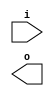
module buffer( i , o );
  input i ;
  output o ;
endmodule
module inverter( i , o );
  input i ;
  output o ;
endmodule
module top( x0 , x1 , x2 , x3 , x4 , x5 , x6 , x7 , x8 , x9 , x10 , x11 , x12 , x13 , x14 , x15 , x16 , x17 , x18 , x19 , x20 , x21 , x22 , x23 , x24 , x25 , x26 , x27 , x28 , x29 , x30 , x31 , x32 , x33 , x34 , y0 , y1 , y2 , y3 , y4 , y5 , y6 , y7 , y8 , y9 , y10 , y11 , y12 , y13 , y14 , y15 );
  input x0 , x1 , x2 , x3 , x4 , x5 , x6 , x7 , x8 , x9 , x10 , x11 , x12 , x13 , x14 , x15 , x16 , x17 , x18 , x19 , x20 , x21 , x22 , x23 , x24 , x25 , x26 , x27 , x28 , x29 , x30 , x31 , x32 , x33 , x34 ;
  output y0 , y1 , y2 , y3 , y4 , y5 , y6 , y7 , y8 , y9 , y10 , y11 , y12 , y13 , y14 , y15 ;
  wire n2 , n3 , n4 , n5 , n6 , n7 , n8 , n9 , n10 , n12 , n13 , n14 , n15 , n16 , n17 , n18 , n19 , n21 , n22 , n23 , n24 , n25 , n26 , n27 , n28 , n30 , n31 , n32 , n33 , n34 , n35 , n36 , n37 , n39 , n40 , n41 , n42 , n43 , n44 , n45 , n46 , n48 , n49 , n50 , n51 , n52 , n53 , n54 , n55 , n56 , n58 , n59 , n60 , n61 , n62 , n63 , n64 , n65 , n67 , n68 , n69 , n70 , n71 , n72 , n73 , n74 , n75 , n77 , n78 , n79 , n80 , n81 , n82 , n83 , n84 , n85 , n87 , n88 , n89 , n90 , n91 , n92 , n93 , n94 , n96 , n97 , n98 , n99 , n100 , n101 , n102 , n103 , n105 , n106 , n107 , n108 , n109 , n110 , n111 , n113 , n114 , n115 , n116 , n117 , n118 , n120 , n121 , n122 , n123 , n124 , n126 , n127 , n128 , n129 , n131 , n132 , n133 , n135 , n137 , n138 , n139 , n141 , n143 , n144 , n145 , n147 , n148 , n149 , n151 , n152 , n153 , n154 , n155 , n157 , n158 , n159 , n160 , n161 , n162 , n164 , n165 , n166 , n167 , n168 , n169 , n170 , n172 , n173 , n174 , n175 , n176 , n177 , n178 , n179 , n181 , n182 , n183 , n184 , n185 , n186 , n187 , n188 , n190 , n191 , n192 , n193 , n194 , n195 , n196 , n197 , n199 , n200 , n201 , n202 , n203 , n204 , n205 , n206 , n208 , n209 , n210 , n211 , n212 , n213 , n214 , n216 , n217 , n218 , n219 , n220 , n221 , n222 , n223 , n225 , n226 , n227 , n228 , n229 , n230 , n231 , n232 , n234 , n235 , n236 , n237 , n238 , n239 , n240 , n242 , n243 , n244 , n245 , n246 , n247 , n248 , n250 , n251 , n252 , n253 , n254 , n255 , n256 , n257 , n259 , n260 , n261 , n262 , n263 , n264 , n265 , n266 , n267 , n268 , n269 , n270 , n271 , n272 , n273 , n274 , n275 , n276 , n277 , n278 , n279 , n280 , n281 , n282 , n283 , n284 , n285 , n286 , n287 , n288 , n289 , n290 , n291 , n292 , n293 , n294 , n295 , n296 , n297 , n298 , n299 , n300 , n301 , n302 , n303 , n304 , n305 , n306 , n307 , n308 , n309 , n310 , n311 , n312 , n313 , n314 , n315 , n316 , n317 , n318 , n319 , n320 , n321 , n322 , n323 , n324 , n325 , n326 , n327 , n328 , n329 , n330 , n331 , n332 , n333 , n334 , n335 , n336 , n337 , n338 , n339 , n340 , n341 , n342 , n343 , n344 , n345 , n346 , n347 , n348 , n349 , n350 , n351 , n352 , n353 , n354 , n355 , n356 , n357 , n358 , n359 , n360 , n361 , n362 , n363 , n364 , n365 , n366 , n367 , n368 , n369 , n370 , n371 , n372 , n373 , n374 , n375 , n376 , n377 , n378 , n379 , n380 , n381 , n382 , n383 , n384 , n385 , n386 , n387 , n388 , n389 , n390 , n391 , n392 , n393 , n394 , n395 , n396 , n397 , n398 , n399 , n400 , n401 , n402 , n403 , n404 , n405 , n406 , n407 , n408 , n409 , n410 , n411 , n412 , n413 , n414 , n415 , n416 , n417 , n418 , n419 , n420 , n421 , n422 , n423 , n424 , n425 , n426 , n427 , n428 , n429 , n430 , n431 , n432 , n433 , n434 , n435 , n436 , n437 , n438 , n439 , n440 , n441 , n442 , n443 , n444 , n445 , n446 , n447 , n448 , n449 , n450 , n451 , n452 , n453 , n454 , n455 , n456 , n457 , n458 , n459 , n460 , n461 , n462 , n463 , n464 ;
  buffer buf_n131( .i (x15), .o (n131) );
  buffer buf_n132( .i (n131), .o (n132) );
  buffer buf_n133( .i (n132), .o (n133) );
  buffer buf_n135( .i (x16), .o (n135) );
  buffer buf_n141( .i (x18), .o (n141) );
  assign n268 = n135 | n141 ;
  buffer buf_n269( .i (n268), .o (n269) );
  assign n276 = n133 & ~n269 ;
  buffer buf_n137( .i (x17), .o (n137) );
  buffer buf_n138( .i (n137), .o (n138) );
  buffer buf_n139( .i (n138), .o (n139) );
  buffer buf_n143( .i (x19), .o (n143) );
  buffer buf_n144( .i (n143), .o (n144) );
  buffer buf_n145( .i (n144), .o (n145) );
  assign n277 = n139 & n145 ;
  assign n278 = n135 & ~n141 ;
  buffer buf_n279( .i (n278), .o (n279) );
  assign n286 = ( n139 & n145 ) | ( n139 & n279 ) | ( n145 & n279 ) ;
  assign n287 = ( n276 & ~n277 ) | ( n276 & n286 ) | ( ~n277 & n286 ) ;
  buffer buf_n288( .i (n287), .o (n288) );
  buffer buf_n289( .i (n288), .o (n289) );
  buffer buf_n290( .i (n289), .o (n290) );
  buffer buf_n291( .i (n290), .o (n291) );
  buffer buf_n292( .i (n291), .o (n292) );
  buffer buf_n293( .i (n292), .o (n293) );
  buffer buf_n147( .i (x20), .o (n147) );
  buffer buf_n148( .i (n147), .o (n148) );
  buffer buf_n149( .i (n148), .o (n149) );
  assign n294 = n137 | n143 ;
  buffer buf_n295( .i (n294), .o (n295) );
  assign n296 = n149 | n295 ;
  buffer buf_n297( .i (n296), .o (n297) );
  buffer buf_n126( .i (x14), .o (n126) );
  buffer buf_n127( .i (n126), .o (n127) );
  buffer buf_n128( .i (n127), .o (n128) );
  buffer buf_n129( .i (n128), .o (n129) );
  buffer buf_n270( .i (n269), .o (n270) );
  assign n298 = n129 & ~n270 ;
  assign n299 = ( n149 & ~n279 ) | ( n149 & n295 ) | ( ~n279 & n295 ) ;
  buffer buf_n300( .i (n299), .o (n300) );
  assign n301 = ( n297 & n298 ) | ( n297 & ~n300 ) | ( n298 & ~n300 ) ;
  buffer buf_n302( .i (n301), .o (n302) );
  buffer buf_n303( .i (n302), .o (n303) );
  buffer buf_n304( .i (n303), .o (n304) );
  buffer buf_n305( .i (n304), .o (n305) );
  buffer buf_n306( .i (n305), .o (n306) );
  buffer buf_n120( .i (x13), .o (n120) );
  buffer buf_n121( .i (n120), .o (n121) );
  buffer buf_n122( .i (n121), .o (n122) );
  buffer buf_n123( .i (n122), .o (n123) );
  buffer buf_n124( .i (n123), .o (n124) );
  buffer buf_n271( .i (n270), .o (n271) );
  assign n307 = n124 & ~n271 ;
  buffer buf_n151( .i (x21), .o (n151) );
  buffer buf_n152( .i (n151), .o (n152) );
  buffer buf_n153( .i (n152), .o (n153) );
  buffer buf_n154( .i (n153), .o (n154) );
  buffer buf_n155( .i (n154), .o (n155) );
  buffer buf_n280( .i (n279), .o (n280) );
  buffer buf_n281( .i (n280), .o (n281) );
  assign n308 = ( n155 & ~n281 ) | ( n155 & n297 ) | ( ~n281 & n297 ) ;
  assign n309 = n148 | n152 ;
  assign n310 = n295 | n309 ;
  buffer buf_n311( .i (n310), .o (n311) );
  buffer buf_n312( .i (n311), .o (n312) );
  assign n313 = ( n307 & ~n308 ) | ( n307 & n312 ) | ( ~n308 & n312 ) ;
  buffer buf_n314( .i (n313), .o (n314) );
  buffer buf_n315( .i (n314), .o (n315) );
  buffer buf_n316( .i (n315), .o (n316) );
  buffer buf_n317( .i (n316), .o (n317) );
  buffer buf_n113( .i (x12), .o (n113) );
  buffer buf_n114( .i (n113), .o (n114) );
  buffer buf_n115( .i (n114), .o (n115) );
  buffer buf_n116( .i (n115), .o (n116) );
  buffer buf_n117( .i (n116), .o (n117) );
  buffer buf_n118( .i (n117), .o (n118) );
  buffer buf_n272( .i (n271), .o (n272) );
  assign n318 = n118 & ~n272 ;
  buffer buf_n157( .i (x22), .o (n157) );
  buffer buf_n158( .i (n157), .o (n158) );
  buffer buf_n159( .i (n158), .o (n159) );
  buffer buf_n160( .i (n159), .o (n160) );
  buffer buf_n161( .i (n160), .o (n161) );
  assign n319 = n161 | n311 ;
  buffer buf_n320( .i (n319), .o (n320) );
  buffer buf_n162( .i (n161), .o (n162) );
  buffer buf_n282( .i (n281), .o (n282) );
  assign n321 = ( n162 & ~n282 ) | ( n162 & n312 ) | ( ~n282 & n312 ) ;
  assign n322 = ( n318 & n320 ) | ( n318 & ~n321 ) | ( n320 & ~n321 ) ;
  buffer buf_n323( .i (n322), .o (n323) );
  buffer buf_n324( .i (n323), .o (n324) );
  buffer buf_n325( .i (n324), .o (n325) );
  buffer buf_n105( .i (x11), .o (n105) );
  buffer buf_n106( .i (n105), .o (n106) );
  buffer buf_n107( .i (n106), .o (n107) );
  buffer buf_n108( .i (n107), .o (n108) );
  buffer buf_n109( .i (n108), .o (n109) );
  buffer buf_n110( .i (n109), .o (n110) );
  buffer buf_n111( .i (n110), .o (n111) );
  buffer buf_n273( .i (n272), .o (n273) );
  assign n326 = n111 & ~n273 ;
  buffer buf_n164( .i (x23), .o (n164) );
  buffer buf_n165( .i (n164), .o (n165) );
  buffer buf_n166( .i (n165), .o (n166) );
  buffer buf_n167( .i (n166), .o (n167) );
  buffer buf_n168( .i (n167), .o (n168) );
  buffer buf_n169( .i (n168), .o (n169) );
  buffer buf_n170( .i (n169), .o (n170) );
  buffer buf_n283( .i (n282), .o (n283) );
  assign n327 = ( n170 & ~n283 ) | ( n170 & n320 ) | ( ~n283 & n320 ) ;
  assign n328 = n158 | n165 ;
  buffer buf_n329( .i (n328), .o (n329) );
  buffer buf_n330( .i (n329), .o (n330) );
  buffer buf_n331( .i (n330), .o (n331) );
  assign n332 = n312 | n331 ;
  buffer buf_n333( .i (n332), .o (n333) );
  assign n334 = ( n326 & ~n327 ) | ( n326 & n333 ) | ( ~n327 & n333 ) ;
  buffer buf_n335( .i (n334), .o (n335) );
  buffer buf_n336( .i (n335), .o (n336) );
  buffer buf_n96( .i (x10), .o (n96) );
  buffer buf_n97( .i (n96), .o (n97) );
  buffer buf_n98( .i (n97), .o (n98) );
  buffer buf_n99( .i (n98), .o (n99) );
  buffer buf_n100( .i (n99), .o (n100) );
  buffer buf_n101( .i (n100), .o (n101) );
  buffer buf_n102( .i (n101), .o (n102) );
  buffer buf_n103( .i (n102), .o (n103) );
  buffer buf_n274( .i (n273), .o (n274) );
  assign n337 = n103 & ~n274 ;
  buffer buf_n172( .i (x24), .o (n172) );
  buffer buf_n173( .i (n172), .o (n173) );
  buffer buf_n174( .i (n173), .o (n174) );
  buffer buf_n175( .i (n174), .o (n175) );
  buffer buf_n176( .i (n175), .o (n176) );
  buffer buf_n177( .i (n176), .o (n177) );
  buffer buf_n178( .i (n177), .o (n178) );
  buffer buf_n179( .i (n178), .o (n179) );
  buffer buf_n284( .i (n283), .o (n284) );
  assign n338 = ( n179 & ~n284 ) | ( n179 & n333 ) | ( ~n284 & n333 ) ;
  assign n339 = n175 | n329 ;
  assign n340 = n311 | n339 ;
  buffer buf_n341( .i (n340), .o (n341) );
  buffer buf_n342( .i (n341), .o (n342) );
  buffer buf_n343( .i (n342), .o (n343) );
  assign n344 = ( n337 & ~n338 ) | ( n337 & n343 ) | ( ~n338 & n343 ) ;
  buffer buf_n345( .i (n344), .o (n345) );
  buffer buf_n87( .i (x9), .o (n87) );
  buffer buf_n88( .i (n87), .o (n88) );
  buffer buf_n89( .i (n88), .o (n89) );
  buffer buf_n90( .i (n89), .o (n90) );
  buffer buf_n91( .i (n90), .o (n91) );
  buffer buf_n92( .i (n91), .o (n92) );
  buffer buf_n93( .i (n92), .o (n93) );
  buffer buf_n94( .i (n93), .o (n94) );
  assign n346 = n94 & ~n274 ;
  buffer buf_n181( .i (x25), .o (n181) );
  buffer buf_n182( .i (n181), .o (n182) );
  buffer buf_n183( .i (n182), .o (n183) );
  buffer buf_n184( .i (n183), .o (n184) );
  buffer buf_n185( .i (n184), .o (n185) );
  buffer buf_n186( .i (n185), .o (n186) );
  buffer buf_n187( .i (n186), .o (n187) );
  buffer buf_n188( .i (n187), .o (n188) );
  assign n347 = n188 | n342 ;
  assign n348 = ( n188 & ~n284 ) | ( n188 & n342 ) | ( ~n284 & n342 ) ;
  assign n349 = ( n346 & n347 ) | ( n346 & ~n348 ) | ( n347 & ~n348 ) ;
  buffer buf_n350( .i (n349), .o (n350) );
  buffer buf_n77( .i (x8), .o (n77) );
  buffer buf_n78( .i (n77), .o (n78) );
  buffer buf_n79( .i (n78), .o (n79) );
  buffer buf_n80( .i (n79), .o (n80) );
  buffer buf_n81( .i (n80), .o (n81) );
  buffer buf_n82( .i (n81), .o (n82) );
  buffer buf_n83( .i (n82), .o (n83) );
  buffer buf_n84( .i (n83), .o (n84) );
  buffer buf_n85( .i (n84), .o (n85) );
  buffer buf_n275( .i (n274), .o (n275) );
  assign n351 = n85 & ~n275 ;
  buffer buf_n190( .i (x26), .o (n190) );
  assign n352 = n181 | n190 ;
  buffer buf_n353( .i (n352), .o (n353) );
  buffer buf_n354( .i (n353), .o (n354) );
  buffer buf_n355( .i (n354), .o (n355) );
  buffer buf_n356( .i (n355), .o (n356) );
  buffer buf_n357( .i (n356), .o (n357) );
  buffer buf_n358( .i (n357), .o (n358) );
  buffer buf_n359( .i (n358), .o (n359) );
  assign n360 = n343 | n359 ;
  buffer buf_n191( .i (n190), .o (n191) );
  buffer buf_n192( .i (n191), .o (n192) );
  buffer buf_n193( .i (n192), .o (n193) );
  buffer buf_n194( .i (n193), .o (n194) );
  buffer buf_n195( .i (n194), .o (n195) );
  buffer buf_n196( .i (n195), .o (n196) );
  buffer buf_n197( .i (n196), .o (n197) );
  assign n361 = ~n197 & n284 ;
  buffer buf_n362( .i (n283), .o (n362) );
  assign n363 = ( n188 & n197 ) | ( n188 & ~n362 ) | ( n197 & ~n362 ) ;
  assign n364 = ( n343 & ~n361 ) | ( n343 & n363 ) | ( ~n361 & n363 ) ;
  assign n365 = ( n351 & n360 ) | ( n351 & ~n364 ) | ( n360 & ~n364 ) ;
  buffer buf_n67( .i (x7), .o (n67) );
  buffer buf_n68( .i (n67), .o (n68) );
  buffer buf_n69( .i (n68), .o (n69) );
  buffer buf_n70( .i (n69), .o (n70) );
  buffer buf_n71( .i (n70), .o (n71) );
  buffer buf_n72( .i (n71), .o (n72) );
  buffer buf_n73( .i (n72), .o (n73) );
  buffer buf_n74( .i (n73), .o (n74) );
  buffer buf_n75( .i (n74), .o (n75) );
  assign n366 = n75 & ~n275 ;
  buffer buf_n199( .i (x27), .o (n199) );
  buffer buf_n200( .i (n199), .o (n200) );
  buffer buf_n201( .i (n200), .o (n201) );
  buffer buf_n202( .i (n201), .o (n202) );
  buffer buf_n203( .i (n202), .o (n203) );
  assign n367 = n203 | n355 ;
  buffer buf_n368( .i (n367), .o (n368) );
  buffer buf_n369( .i (n368), .o (n369) );
  buffer buf_n370( .i (n369), .o (n370) );
  assign n371 = n343 | n370 ;
  buffer buf_n204( .i (n203), .o (n204) );
  buffer buf_n205( .i (n204), .o (n205) );
  buffer buf_n206( .i (n205), .o (n206) );
  assign n372 = ~n206 & n362 ;
  assign n373 = ( n206 & n358 ) | ( n206 & ~n362 ) | ( n358 & ~n362 ) ;
  buffer buf_n374( .i (n342), .o (n374) );
  assign n375 = ( ~n372 & n373 ) | ( ~n372 & n374 ) | ( n373 & n374 ) ;
  assign n376 = ( n366 & n371 ) | ( n366 & ~n375 ) | ( n371 & ~n375 ) ;
  buffer buf_n58( .i (x6), .o (n58) );
  buffer buf_n59( .i (n58), .o (n59) );
  buffer buf_n60( .i (n59), .o (n60) );
  buffer buf_n61( .i (n60), .o (n61) );
  buffer buf_n62( .i (n61), .o (n62) );
  buffer buf_n63( .i (n62), .o (n63) );
  buffer buf_n64( .i (n63), .o (n64) );
  buffer buf_n65( .i (n64), .o (n65) );
  assign n377 = n65 & ~n274 ;
  buffer buf_n208( .i (x28), .o (n208) );
  buffer buf_n209( .i (n208), .o (n209) );
  assign n378 = n200 | n209 ;
  assign n379 = n353 | n378 ;
  buffer buf_n380( .i (n379), .o (n380) );
  buffer buf_n381( .i (n380), .o (n381) );
  buffer buf_n382( .i (n381), .o (n382) );
  assign n384 = n341 | n382 ;
  buffer buf_n385( .i (n384), .o (n385) );
  buffer buf_n210( .i (n209), .o (n210) );
  buffer buf_n211( .i (n210), .o (n211) );
  buffer buf_n212( .i (n211), .o (n212) );
  buffer buf_n213( .i (n212), .o (n213) );
  buffer buf_n214( .i (n213), .o (n214) );
  assign n386 = ~n214 & n283 ;
  buffer buf_n387( .i (n282), .o (n387) );
  assign n388 = ( n214 & n368 ) | ( n214 & ~n387 ) | ( n368 & ~n387 ) ;
  buffer buf_n389( .i (n341), .o (n389) );
  assign n390 = ( ~n386 & n388 ) | ( ~n386 & n389 ) | ( n388 & n389 ) ;
  assign n391 = ( n377 & n385 ) | ( n377 & ~n390 ) | ( n385 & ~n390 ) ;
  buffer buf_n392( .i (n391), .o (n392) );
  buffer buf_n48( .i (x5), .o (n48) );
  buffer buf_n49( .i (n48), .o (n49) );
  buffer buf_n50( .i (n49), .o (n50) );
  buffer buf_n51( .i (n50), .o (n51) );
  buffer buf_n52( .i (n51), .o (n52) );
  buffer buf_n53( .i (n52), .o (n53) );
  buffer buf_n54( .i (n53), .o (n54) );
  buffer buf_n55( .i (n54), .o (n55) );
  buffer buf_n56( .i (n55), .o (n56) );
  assign n393 = n56 & ~n275 ;
  buffer buf_n216( .i (x29), .o (n216) );
  buffer buf_n217( .i (n216), .o (n217) );
  buffer buf_n218( .i (n217), .o (n218) );
  buffer buf_n219( .i (n218), .o (n219) );
  buffer buf_n220( .i (n219), .o (n220) );
  buffer buf_n221( .i (n220), .o (n221) );
  buffer buf_n222( .i (n221), .o (n222) );
  buffer buf_n223( .i (n222), .o (n223) );
  buffer buf_n383( .i (n382), .o (n383) );
  assign n394 = n223 | n383 ;
  assign n395 = n374 | n394 ;
  assign n396 = ~n223 & n362 ;
  buffer buf_n397( .i (n387), .o (n397) );
  assign n398 = ( n223 & n383 ) | ( n223 & ~n397 ) | ( n383 & ~n397 ) ;
  assign n399 = ( n374 & ~n396 ) | ( n374 & n398 ) | ( ~n396 & n398 ) ;
  assign n400 = ( n393 & n395 ) | ( n393 & ~n399 ) | ( n395 & ~n399 ) ;
  buffer buf_n225( .i (x30), .o (n225) );
  buffer buf_n226( .i (n225), .o (n226) );
  buffer buf_n227( .i (n226), .o (n227) );
  buffer buf_n228( .i (n227), .o (n228) );
  buffer buf_n229( .i (n228), .o (n229) );
  buffer buf_n230( .i (n229), .o (n230) );
  buffer buf_n231( .i (n230), .o (n231) );
  assign n401 = n222 & ~n231 ;
  assign n402 = n397 & n401 ;
  buffer buf_n39( .i (x4), .o (n39) );
  buffer buf_n40( .i (n39), .o (n40) );
  buffer buf_n41( .i (n40), .o (n41) );
  buffer buf_n42( .i (n41), .o (n42) );
  buffer buf_n43( .i (n42), .o (n43) );
  buffer buf_n44( .i (n43), .o (n44) );
  buffer buf_n45( .i (n44), .o (n45) );
  buffer buf_n46( .i (n45), .o (n46) );
  buffer buf_n403( .i (n273), .o (n403) );
  assign n404 = n46 & ~n403 ;
  assign n405 = n402 | n404 ;
  buffer buf_n285( .i (n284), .o (n285) );
  buffer buf_n232( .i (n231), .o (n232) );
  assign n406 = ~n231 & n382 ;
  assign n407 = ( ~n232 & n389 ) | ( ~n232 & n406 ) | ( n389 & n406 ) ;
  assign n408 = ( n221 & ~n230 ) | ( n221 & n282 ) | ( ~n230 & n282 ) ;
  assign n409 = n382 | n408 ;
  assign n410 = n389 | n409 ;
  assign n411 = ( n285 & n407 ) | ( n285 & ~n410 ) | ( n407 & ~n410 ) ;
  assign n412 = n405 | n411 ;
  buffer buf_n30( .i (x3), .o (n30) );
  buffer buf_n31( .i (n30), .o (n31) );
  buffer buf_n32( .i (n31), .o (n32) );
  buffer buf_n33( .i (n32), .o (n33) );
  buffer buf_n34( .i (n33), .o (n34) );
  buffer buf_n35( .i (n34), .o (n35) );
  buffer buf_n36( .i (n35), .o (n36) );
  buffer buf_n37( .i (n36), .o (n37) );
  assign n413 = n37 & ~n403 ;
  buffer buf_n234( .i (x31), .o (n234) );
  buffer buf_n235( .i (n234), .o (n235) );
  buffer buf_n236( .i (n235), .o (n236) );
  buffer buf_n237( .i (n236), .o (n237) );
  buffer buf_n238( .i (n237), .o (n238) );
  buffer buf_n239( .i (n238), .o (n239) );
  buffer buf_n414( .i (n281), .o (n414) );
  assign n415 = ~n239 & n414 ;
  buffer buf_n416( .i (n415), .o (n416) );
  assign n418 = n217 | n226 ;
  buffer buf_n419( .i (n418), .o (n419) );
  buffer buf_n420( .i (n419), .o (n420) );
  buffer buf_n421( .i (n420), .o (n421) );
  buffer buf_n422( .i (n421), .o (n422) );
  buffer buf_n423( .i (n422), .o (n423) );
  assign n424 = n416 & n423 ;
  assign n425 = n413 | n424 ;
  buffer buf_n240( .i (n239), .o (n240) );
  assign n426 = n240 & n387 ;
  assign n427 = ~n423 & n426 ;
  assign n428 = n385 | n427 ;
  buffer buf_n417( .i (n416), .o (n417) );
  assign n429 = n383 & ~n416 ;
  assign n430 = ( n374 & ~n417 ) | ( n374 & n429 ) | ( ~n417 & n429 ) ;
  assign n431 = ( n425 & n428 ) | ( n425 & ~n430 ) | ( n428 & ~n430 ) ;
  buffer buf_n21( .i (x2), .o (n21) );
  buffer buf_n22( .i (n21), .o (n22) );
  buffer buf_n23( .i (n22), .o (n23) );
  buffer buf_n24( .i (n23), .o (n24) );
  buffer buf_n25( .i (n24), .o (n25) );
  buffer buf_n26( .i (n25), .o (n26) );
  buffer buf_n27( .i (n26), .o (n27) );
  buffer buf_n28( .i (n27), .o (n28) );
  assign n432 = n28 & ~n403 ;
  buffer buf_n242( .i (x32), .o (n242) );
  buffer buf_n243( .i (n242), .o (n243) );
  buffer buf_n244( .i (n243), .o (n244) );
  buffer buf_n245( .i (n244), .o (n245) );
  buffer buf_n246( .i (n245), .o (n246) );
  buffer buf_n247( .i (n246), .o (n247) );
  assign n433 = ~n247 & n414 ;
  buffer buf_n434( .i (n433), .o (n434) );
  assign n436 = n239 | n421 ;
  buffer buf_n437( .i (n436), .o (n437) );
  assign n438 = n434 & n437 ;
  assign n439 = n432 | n438 ;
  buffer buf_n248( .i (n247), .o (n248) );
  assign n440 = n248 & n387 ;
  assign n441 = ~n437 & n440 ;
  assign n442 = n385 | n441 ;
  buffer buf_n435( .i (n434), .o (n435) );
  assign n443 = n383 & ~n434 ;
  buffer buf_n444( .i (n389), .o (n444) );
  assign n445 = ( ~n435 & n443 ) | ( ~n435 & n444 ) | ( n443 & n444 ) ;
  assign n446 = ( n439 & n442 ) | ( n439 & ~n445 ) | ( n442 & ~n445 ) ;
  buffer buf_n12( .i (x1), .o (n12) );
  buffer buf_n13( .i (n12), .o (n13) );
  buffer buf_n14( .i (n13), .o (n14) );
  buffer buf_n15( .i (n14), .o (n15) );
  buffer buf_n16( .i (n15), .o (n16) );
  buffer buf_n17( .i (n16), .o (n17) );
  buffer buf_n18( .i (n17), .o (n18) );
  buffer buf_n19( .i (n18), .o (n19) );
  assign n447 = n19 & ~n403 ;
  buffer buf_n250( .i (x33), .o (n250) );
  buffer buf_n251( .i (n250), .o (n251) );
  buffer buf_n252( .i (n251), .o (n252) );
  buffer buf_n253( .i (n252), .o (n253) );
  buffer buf_n254( .i (n253), .o (n254) );
  buffer buf_n255( .i (n254), .o (n255) );
  buffer buf_n256( .i (n255), .o (n256) );
  buffer buf_n257( .i (n256), .o (n257) );
  assign n448 = n236 | n244 ;
  assign n449 = n419 | n448 ;
  assign n450 = n380 | n449 ;
  buffer buf_n451( .i (n450), .o (n451) );
  assign n452 = n341 | n451 ;
  assign n453 = ( n257 & ~n397 ) | ( n257 & n452 ) | ( ~n397 & n452 ) ;
  assign n454 = n175 | n253 ;
  assign n455 = n330 | n454 ;
  assign n456 = n312 | n455 ;
  assign n457 = n451 | n456 ;
  buffer buf_n458( .i (n457), .o (n458) );
  assign n459 = ( n447 & ~n453 ) | ( n447 & n458 ) | ( ~n453 & n458 ) ;
  buffer buf_n460( .i (n459), .o (n460) );
  buffer buf_n2( .i (x0), .o (n2) );
  buffer buf_n3( .i (n2), .o (n3) );
  buffer buf_n4( .i (n3), .o (n4) );
  buffer buf_n5( .i (n4), .o (n5) );
  buffer buf_n6( .i (n5), .o (n6) );
  buffer buf_n7( .i (n6), .o (n7) );
  buffer buf_n8( .i (n7), .o (n8) );
  buffer buf_n9( .i (n8), .o (n9) );
  buffer buf_n10( .i (n9), .o (n10) );
  assign n461 = n10 & ~n275 ;
  buffer buf_n259( .i (x34), .o (n259) );
  buffer buf_n260( .i (n259), .o (n260) );
  buffer buf_n261( .i (n260), .o (n261) );
  buffer buf_n262( .i (n261), .o (n262) );
  buffer buf_n263( .i (n262), .o (n263) );
  buffer buf_n264( .i (n263), .o (n264) );
  buffer buf_n265( .i (n264), .o (n265) );
  buffer buf_n266( .i (n265), .o (n266) );
  buffer buf_n267( .i (n266), .o (n267) );
  assign n462 = n267 | n458 ;
  assign n463 = ( n267 & ~n285 ) | ( n267 & n458 ) | ( ~n285 & n458 ) ;
  assign n464 = ( n461 & n462 ) | ( n461 & ~n463 ) | ( n462 & ~n463 ) ;
  assign y0 = ~n293 ;
  assign y1 = ~n306 ;
  assign y2 = ~n317 ;
  assign y3 = ~n325 ;
  assign y4 = ~n336 ;
  assign y5 = ~n345 ;
  assign y6 = ~n350 ;
  assign y7 = ~n365 ;
  assign y8 = ~n376 ;
  assign y9 = ~n392 ;
  assign y10 = ~n400 ;
  assign y11 = ~n412 ;
  assign y12 = ~n431 ;
  assign y13 = ~n446 ;
  assign y14 = ~n460 ;
  assign y15 = ~n464 ;
endmodule